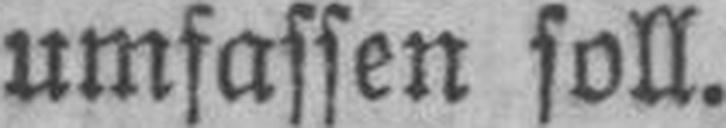
umfassen soll.